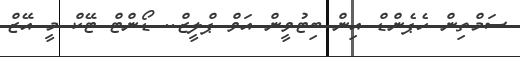
ސަމްތިން ހެޕެންޑް އިން ބިޓުވީން އަވް ޕްލީޒް.. ޑޯންޓް ޓޭކް މީ އޭޒް